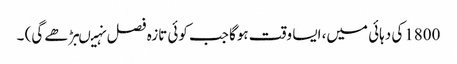
1800کی دہائی میں، ایسا وقت ہوگا جب کوئی تازہ فصل نہیںبڑھے گی) ۔